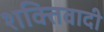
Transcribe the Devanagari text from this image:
शक्तिवादी